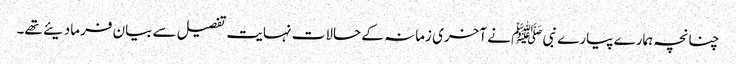
چنانچہ ہمارے پیارے نبی ﷺ نے آخری زمانہ کے حالات نہایت تفصیل سے بیان فرمادیئے تھے۔